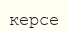
керсе